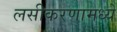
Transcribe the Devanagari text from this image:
लसीकरणामध्ये